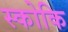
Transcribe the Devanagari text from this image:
स्कोकि